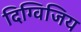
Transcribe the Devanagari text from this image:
दिग्विजिय